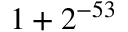
1 + 2 ^ { - 5 3 }